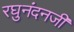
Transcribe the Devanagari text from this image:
रघुनंदनजी